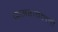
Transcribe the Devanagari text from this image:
कसरावल्ली